Scottish Certificate of Education, 1962
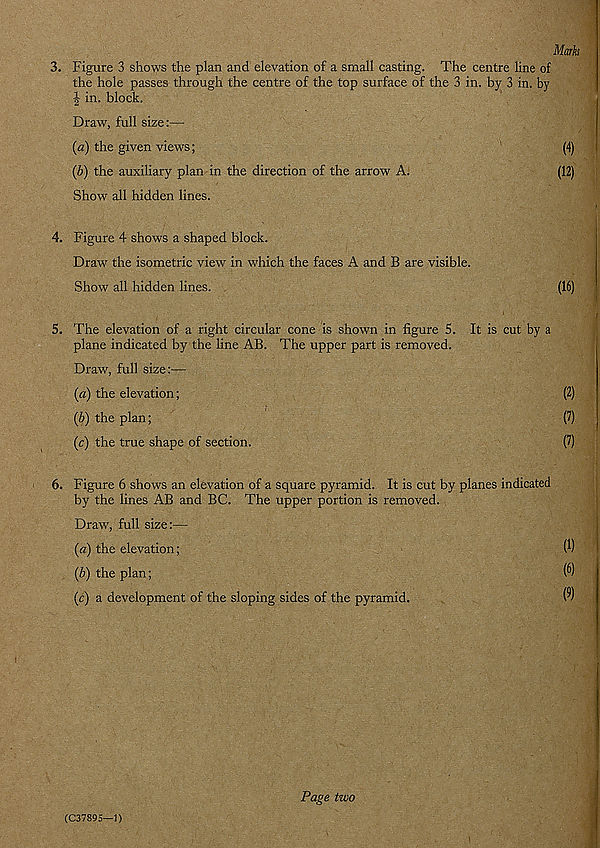
Marks
3. Figure 3 shows the plan and elevation of a small casting. The centre line of
the hole passes through the centre of the top surface of the 3 in. by 3 in. by
^ in. block.
Draw, full size:—
(a) the given views;
(4)
(b) the auxiliary plan in the direction of the arrow A.
(12)
Show all hidden lines.
4. Figure 4 shows a shaped block.
Draw the isometric view in which the faces A and B are visible.
Show all hidden lines.
(16)
5. The elevation of a right circular cone is shown in figure 5. It is cut by a
plane indicated by the line AB. The upper part is removed.
Draw, full size:—
(a) the elevation;
(2)
(b) the plan;
(7)
(c) the true shape of section.
(7)
6. Figure 6 shows an elevation of a square pyramid. It is cut by planes indicated
by the lines AB and BC. The upper portion is removed.
Draw, full size:—
(a) the elevation;
W
(b) the plan;
O’)
(c) a development of the sloping sides of the pyramid.
w
(C37895—1)
Page two